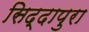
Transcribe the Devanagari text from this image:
सिद्दापुरा